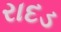
રાદડ